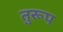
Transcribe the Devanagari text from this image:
तुरूप